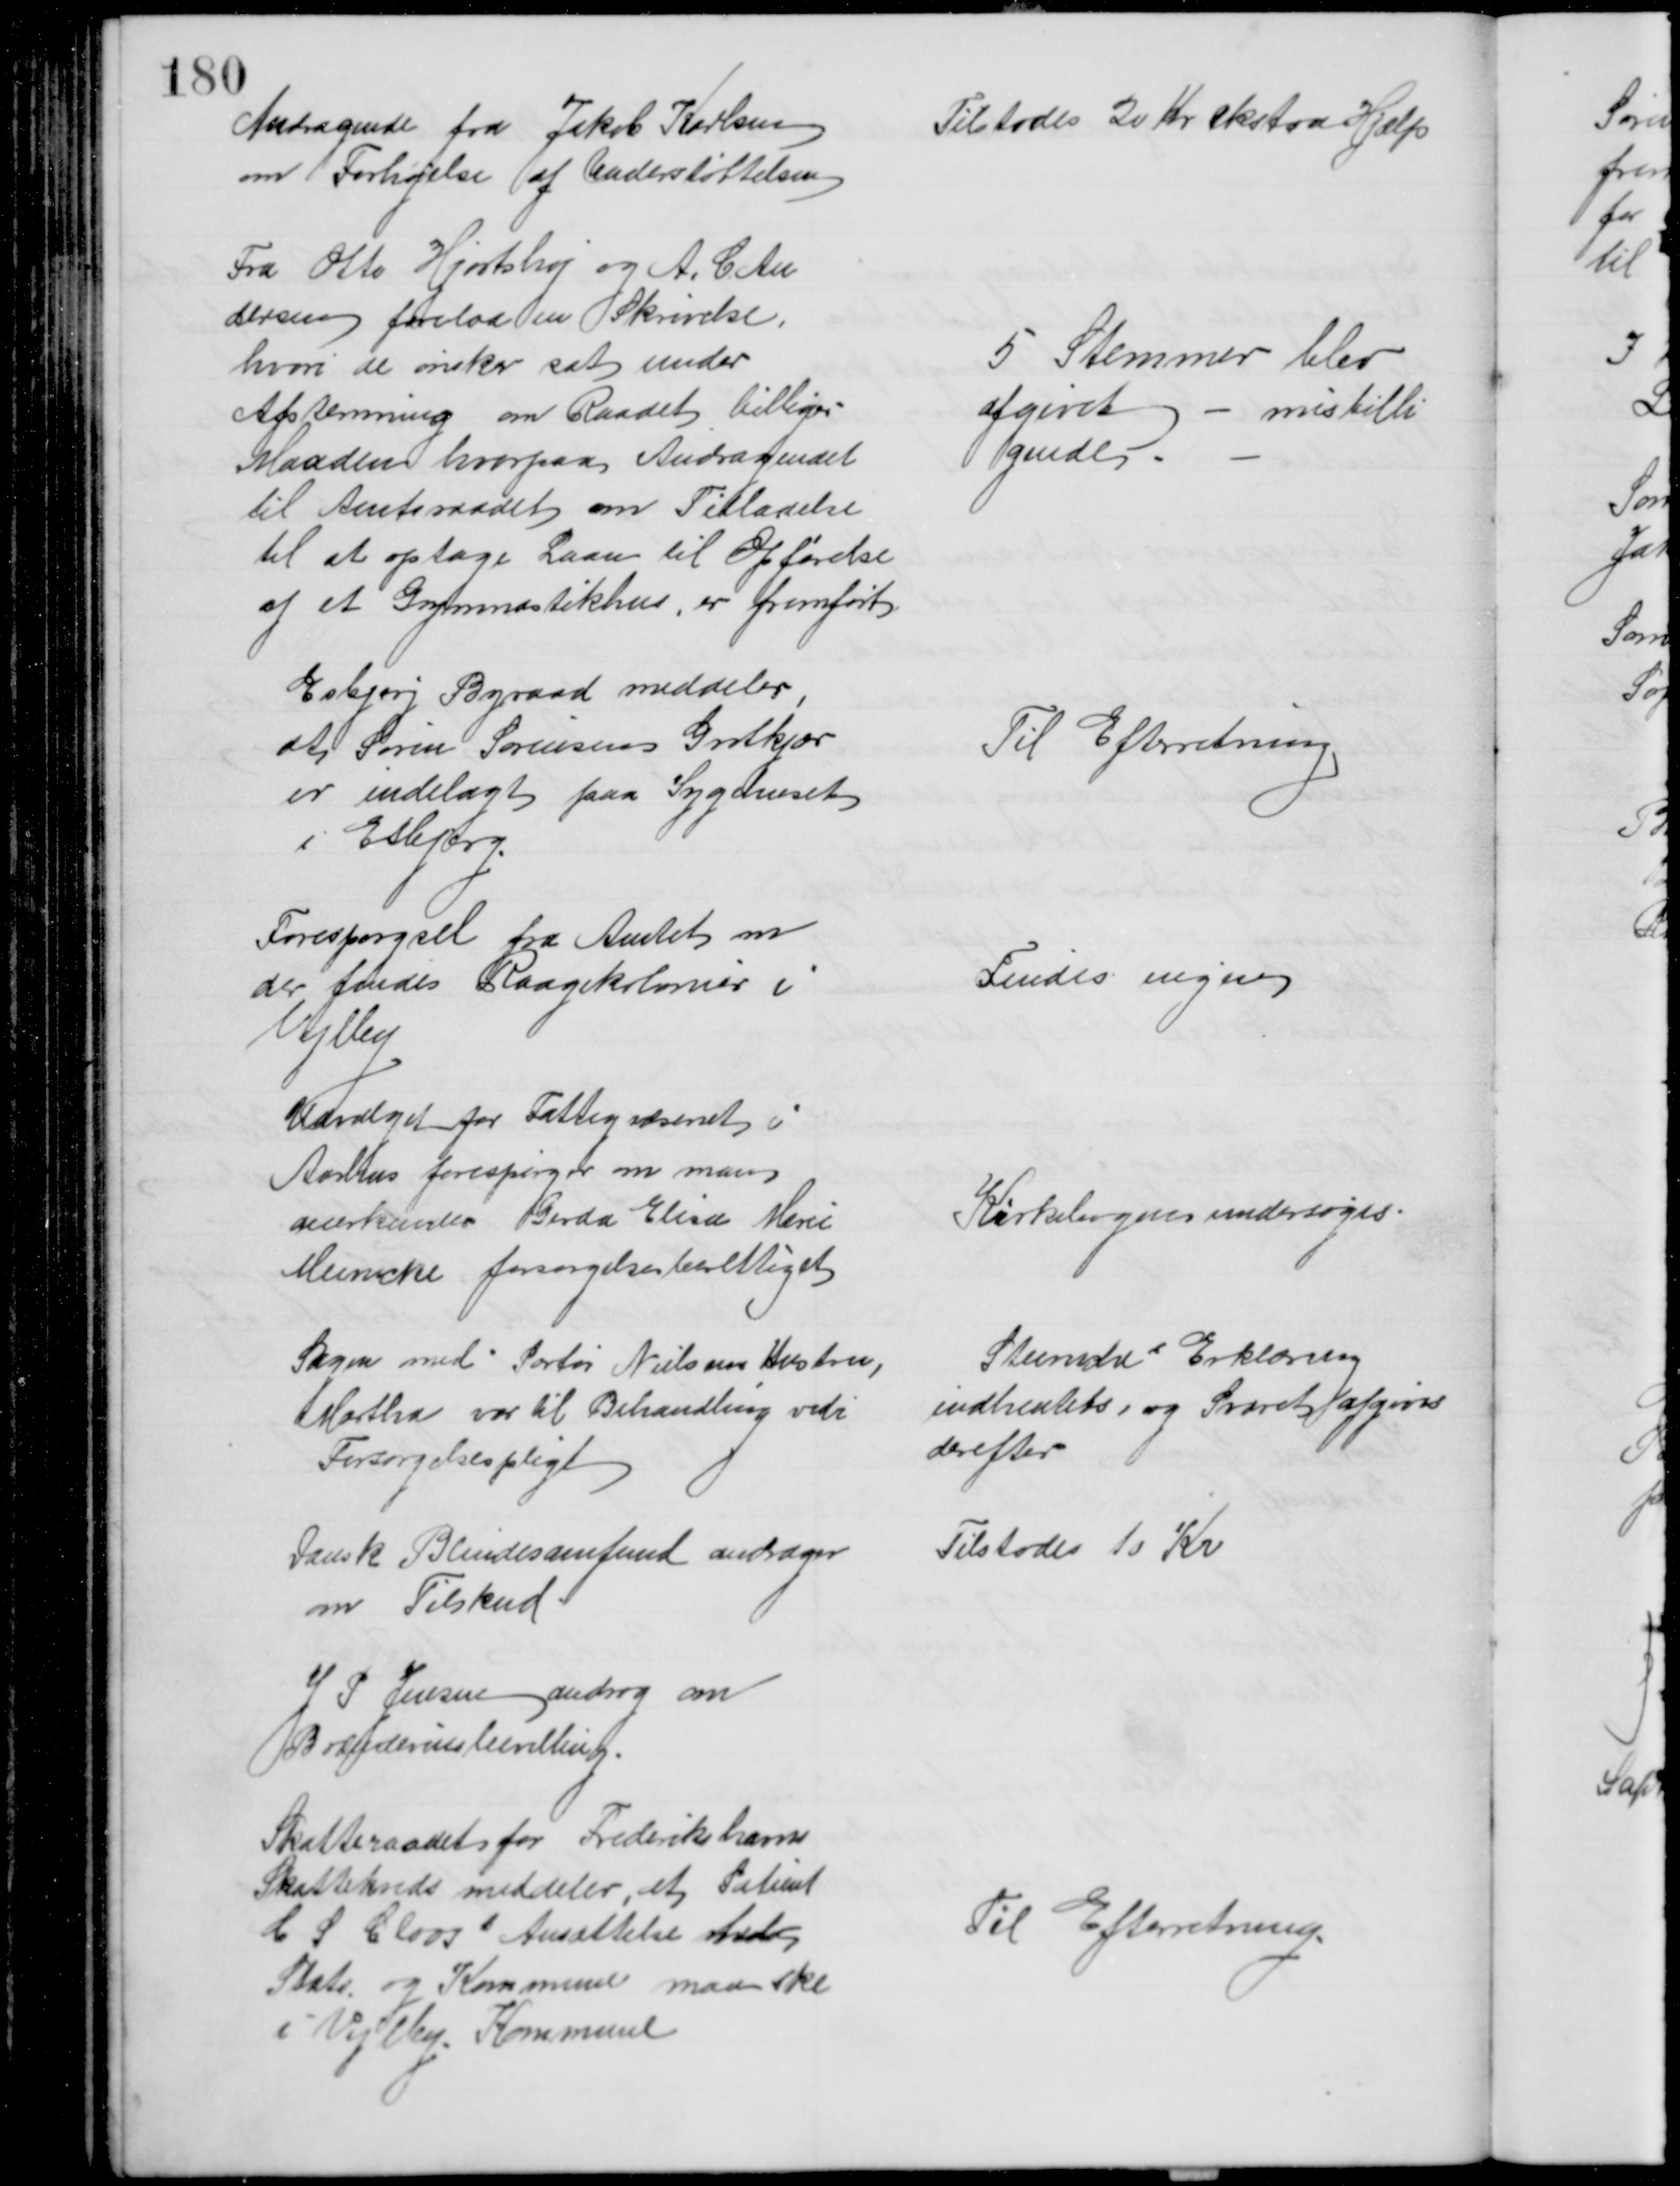
Transskription:
Andragende fra Jakob Karlsen
om Forhøjelse af Understøttelsen
Tilstodes 20 Kr ekstra Hjælp
Fra Otto Hjortshøj og A. C. An
dersen forelaa en Skrivelse,
hvori de ønsker sat under
Afstemning om Raadet billiger
Maaden hvorpaa Andragendet
til Amtsraadet om Tilladelse
til at optage Laan til Opførelse
af et Gymnastikhus, er fremført.
5 Stemmer blev
afgivet - misbilli
gende
Esbjerg Byraad meddeler,
at Søren Sørensen Grotkjær
er indelagt paa Sygehuset
i Esbjerg.
Til Efterretning
Forespørgsel fra Amtet om
der findes Raagekolonier i
Vejlby
Findes ingen
Udvalget for Fattigvæsenet i
Aarhus forespørger om man
anerkender Gerda Elisa Marie
Meineche forsørgelsesberettiget
Kirkebogens undersøges
Sagen med Portør Nielsens Hustru,
Martha var til Behandling vedr
Forsørgelsespligt
Steiniches Erklæring
indhentets, og Svaret afgives
derefter
Dansk Blindesamfund andrager
om Tilskud
Tilstodes 10 Kr
J P Jensen androg om
Brændevinsbevilling.
Skatteraadet for Frederikshavns
Skattekreds meddeler, at Patient
C S Clooss Ansættelse til
Stats. og Kommune maa ske
i Vejlby. Kommune
Til Efterretning.